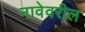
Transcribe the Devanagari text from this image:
नावेवरील